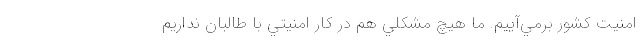
امنيت كشور برمي‌آييم. ما هيچ مشكلي هم در كار امنيتي با طالبان نداريم